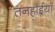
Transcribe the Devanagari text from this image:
तनहाईयाँ